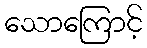
သောကြောင့်